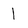
Character: l